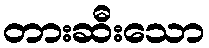
တားဆီးသော